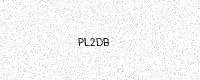
Text: PL2DB